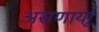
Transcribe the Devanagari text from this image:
असणार्याु